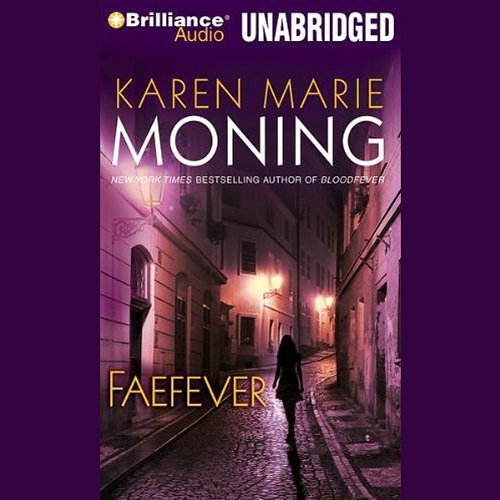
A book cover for Faefever: Fever, Book 3; Karen Marie Moning; Romance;